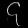
Digit: ၄